画像に写った文字を読んでください
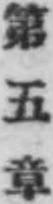
「第五章」と書いてあります